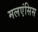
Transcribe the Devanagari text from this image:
मलएंसिस